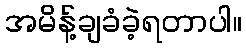
အမိန့်ချခံခဲ့ရတာပါ။